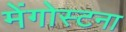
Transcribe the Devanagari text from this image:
मेंगोस्टना